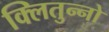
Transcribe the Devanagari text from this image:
क्लितुन्नो